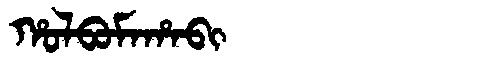
Manchu: ᡥᠣᠯᠪᠣᠮᠠᡥᠠᠪᡳ
Romanization: HOLBOMAHABI